Triennial report on the lunatic asylums in the province of Eastern Bengal and Assam - 1903-1911
Year: 1903
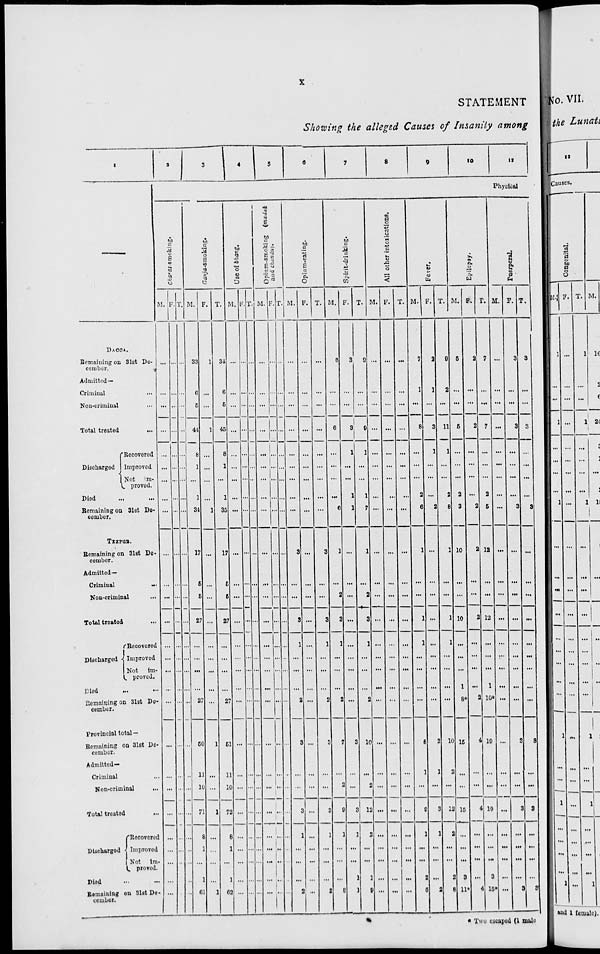
x
STATEMENT
Showing the alleged Causes of Insanity among
1
—
DACCA.
Remaining on 31st De-
cember.
Admitted—
Criminal ...
Non-criminal ...
Total treated
...
Discharged
Recovered
Improved
Not im¬
proved.
Died ... ...
Remaining on 31st De¬
cember.
TEZPUR.
Remaining on 31st De-
cember.
Admitted—
Criminal
...
Non-criminal
...
Total treated ...
Discharged
Recovored
Improved
Not im¬
proved.
Died
...
...
Remaining on 31st De-
cember.
Provincial total—
Remaining on 31st De-
cember.
Admitted—
Criminal ...
Non-criminal ...
Total treated ...
Discharged
Recovered
Improved
Not im¬
proved.
Died ... ...
Remaining on 31st De-
cember.
2
3
4
5
6
7
8
9
10
11
Physical
Charas-smoking.
M.
...
...
...
...
...
...
...
...
...
...
...
...
...
...
...
...
...
...
...
...
...
...
...
...
...
...
...
F.
...
...
...
...
...
...
...
...
...
...
...
...
...
...
...
...
...
...
...
...
...
...
...
...
...
...
...
T.
...
...
...
...
...
...
...
...
...
...
..
...
...
...
...
...
...
...
...
...
...
...
...
...
...
...
...
Ganja-smoking.
M.
33
6
5
44
8
1
...
1
34
17
5
5
27
...
...
...
...
27
50
11
10
71
8
1
...
1
61
F.
1
...
...
1
...
...
...
...
1
...
...
...
...
...
...
...
...
...
1
...
...
1
...
...
...
...
1
T.
34
6
5
45
8
1
...
1
35
17
5
5
27
...
...
...
...
27
51
11
10
72
8
1
...
1
62
Use of bhang.
M.
...
...
...
...
...
...
...
...
...
...
...
...
...
...
...
...
...
...
...
...
...
...
...
...
...
...
...
F.
...
...
...
...
...
...
...
...
...
...
...
...
...
...
...
...
...
...
...
...
...
...
...
...
...
...
...
T.
...
...
...
...
...
...
...
...
...
...
...
...
...
...
...
...
...
...
...
...
...
...
...
...
...
...
...
Opium-smoking (madak
and chandu).
M.
...
...
...
...
...
...
...
...
...
...
...
...
...
...
...
...
...
...
...
...
...
...
...
...
...
...
...
F.
...
...
...
...
...
...
...
...
...
...
...
...
...
...
...
...
...
...
...
...
...
...
...
...
...
...
...
T.
...
...
...
...
...
...
...
...
...
...
...
...
...
...
...
...
...
...
...
...
...
...
...
...
...
...
...
Opium-eating.
M.
...
...
...
...
...
...
...
...
...
3
...
...
3
1
...
...
...
2
3
...
...
3
1
...
...
...
2
F.
...
...
...
...
...
...
...
...
...
...
...
...
...
...
...
...
...
...
...
...
...
...
...
...
...
...
...
T.
...
...
...
...
...
...
...
...
...
3
...
...
3
1
...
...
...
2
3
...
...
3
1
...
...
...
2
Spirit-drinking.
M.
6
...
...
6
...
...
...
...
6
1
...
2
3
1
...
...
...
2
7
...
2
9
1
...
...
...
8
F.
3
...
...
3
1
...
...
1
1
...
...
...
...
...
...
...
...
...
3
...
...
3
1
...
...
1
1
T.
9
...
...
9
1
...
...
1
7
1
...
2
3
1
...
...
...
2
10
...
2
12
2
...
...
1
9
All other intoxications.
M.
...
...
...
...
...
...
...
...
...
...
...
...
...
...
...
...
...
...
...
...
...
...
...
...
...
...
...
F.
...
...
...
...
...
...
...
...
...
...
...
...
...
...
...
...
...
...
...
...
...
...
...
...
...
...
...
T.
...
...
...
...
...
...
...
...
...
...
...
...
...
...
...
...
...
...
...
...
...
...
...
...
...
...
...
Fever.
M.
7
1
...
8
...
...
...
2
6
1
...
...
1
1
...
...
...
...
8
1
...
9
1
...
...
2
6
F.
2
1
...
3
1
...
...
...
2
...
...
...
...
...
...
...
...
...
2
1
...
3
1
...
...
...
2
T.
9
2
...
11
1
...
...
2
8
1
...
...
1
1
...
...
...
...
10
2
...
12
2
...
...
2
8
Epilepsy.
M.
5
...
...
5
...
...
...
2
3
10
...
...
10
...
...
...
1
8*
15
...
...
15
...
...
...
3
11*
F.
2
...
...
2
...
...
...
...
2
2
...
...
2
...
...
...
...
2
4
...
...
4
...
...
...
...
4
T.
7
...
...
7
...
...
...
2
5
12
...
...
12
...
...
...
1
10*
19
...
...
19
...
...
...
3
15*
Puerperal.
M.
...
...
...
...
...
...
...
...
...
...
...
...
...
...
...
...
...
...
...
...
...
...
...
...
...
...
...
F.
3
...
...
3
...
...
...
...
3
...
...
...
...
...
...
...
...
...
3
...
...
3
...
...
...
...
3
T.
3
...
...
3
...
...
...
...
3
...
...
...
...
...
...
...
...
...
3
...
...
3
...
...
...
...
3
* Two escaped (1 male